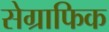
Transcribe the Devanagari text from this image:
सेग्राफिक